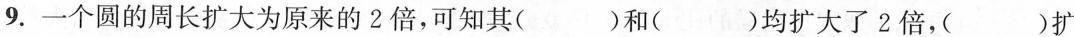
9.一个圆的周长扩大为原来的2倍，可知其( )和( )均扩大了2倍，( )扩